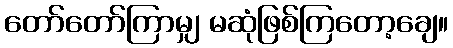
တော်တော်ကြာမျှ မဆုံဖြစ်ကြတော့ချေ။